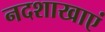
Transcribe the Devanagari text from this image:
नदशाखाएं